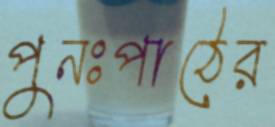
পুনঃপাঠের